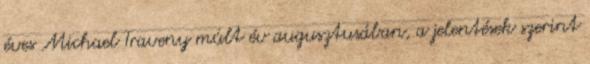
éves Michael Traveny múlt év augusztusában, a jelentések szerint